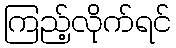
ကြည့်လိုက်ရင်